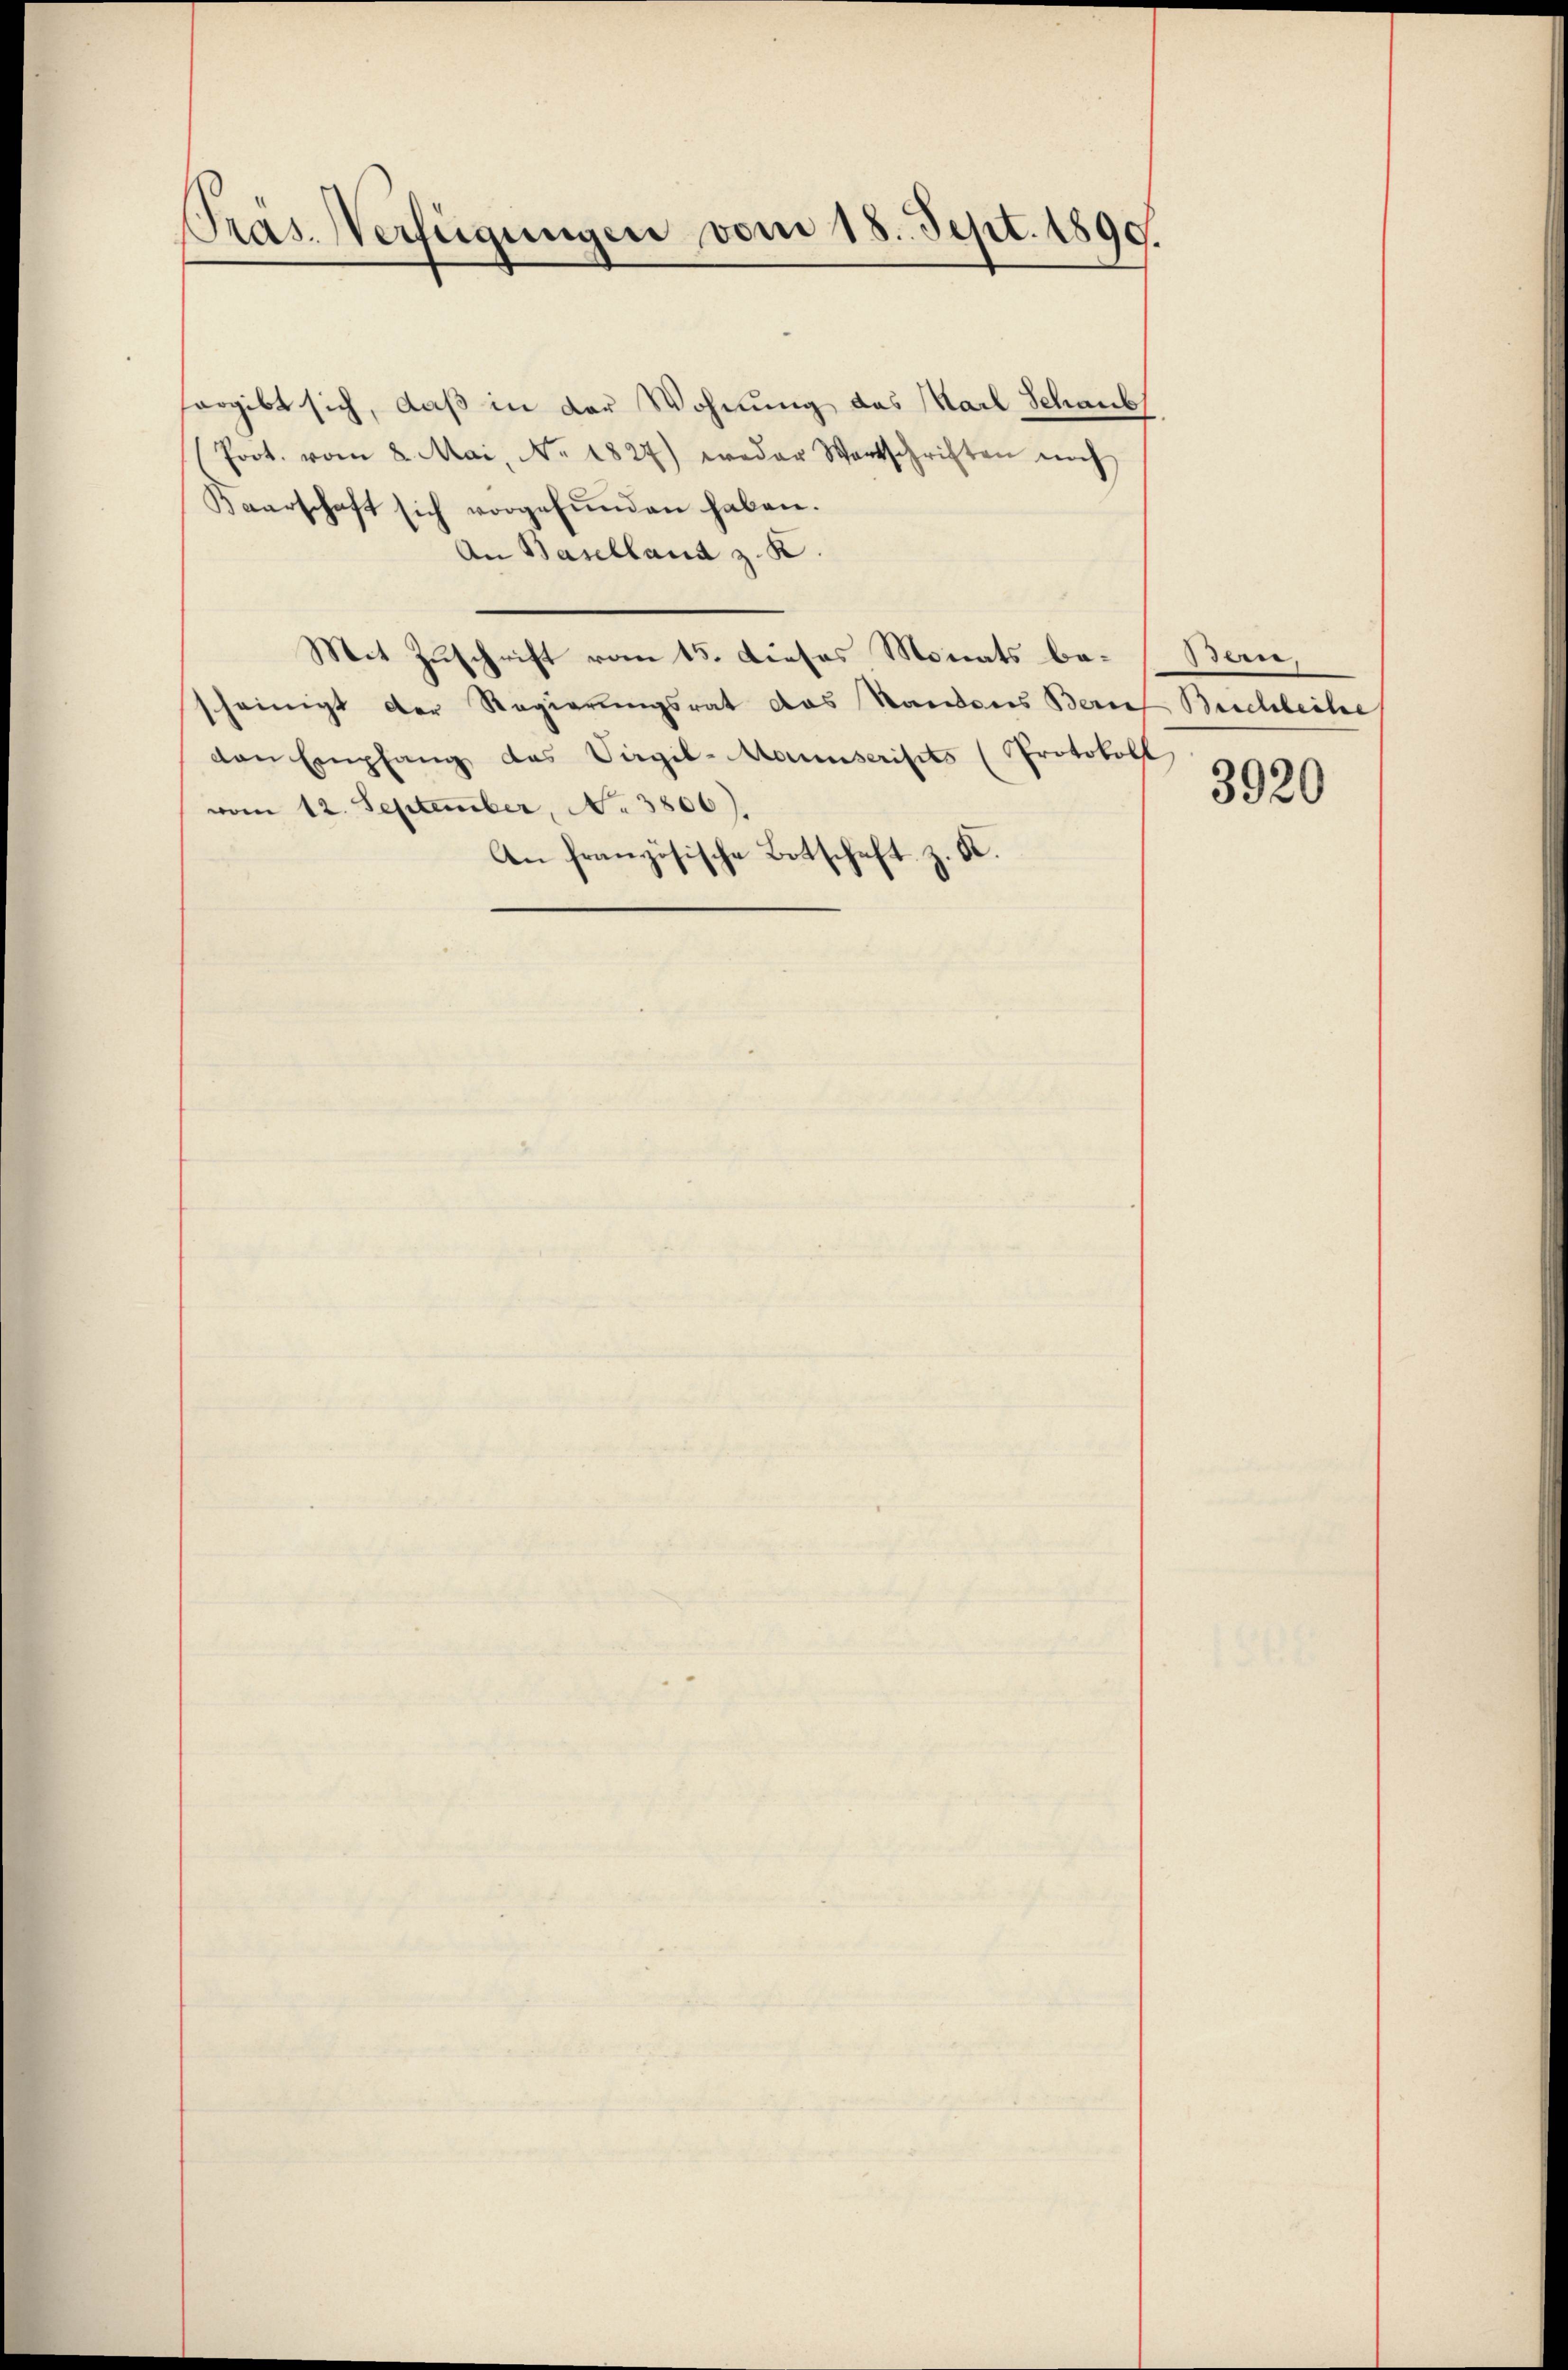
Präs. Verfügungen vom 18. Sept. 1890.

ergibt sich, daß in der Wohnung des Karl Schaub
Poot. vom 2. Mai, No. 1827.) weder Wartschriften nich
Kaarschaft sich vorgefŭnden haben.
An Baselland z. K.
Mit Zuschrift vom 15. Dieses Monats bescheinigt der Regierungsrat das Standeres Berauf Beschleihe
von Empfang das Virgil-Manuscripts (Protokoll
vom 12. September, No 3806).
An französische Botschaft z. K.

en.

3920